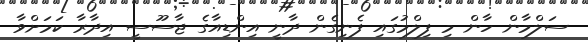
ސަލްމާން ހާން މި ފިލްމުގައި ފެނިގެން ދާނީ އިންޑިއާގެ ޖާސޫސީ އިދާރާ ކަމަށްވާ